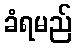
ခံရမည်